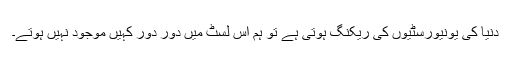
دنیا کی یونیورسٹیوں کی ریکنگ ہوتی ہے تو ہم اس لسٹ میں دور دور کہیں موجود نہیں ہوتے۔